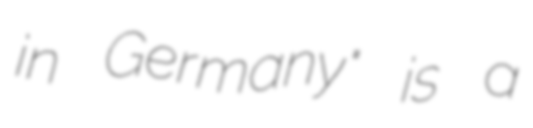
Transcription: in Germany" is a